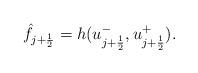
LaTeX: \begin{align*}\hat{f}_{j+\frac{1}{2}}=h(u^{-}_{j+\frac{1}{2}},u^{+}_{j+\frac{1}{2}}).\end{align*}